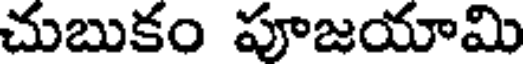
చుబుకం పూజయామి